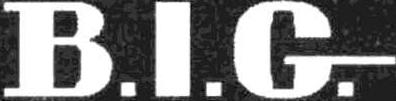
B.I.G.